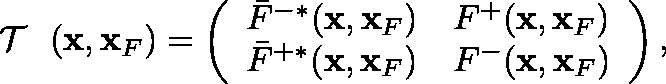
\begin{array} { r } { { { { \mathrm { ~ \boldmath ~ { ~ \cal ~ T ~ } ~ } } } } ( { \bf x } , { \bf x } _ { F } ) = \left( \begin{array} { l l } { \bar { F } ^ { - * } ( { \bf x } , { \bf x } _ { F } ) } & { F ^ { + } ( { \bf x } , { \bf x } _ { F } ) } \\ { \bar { F } ^ { + * } ( { \bf x } , { \bf x } _ { F } ) } & { F ^ { - } ( { \bf x } , { \bf x } _ { F } ) } \end{array} \right) , } \end{array}